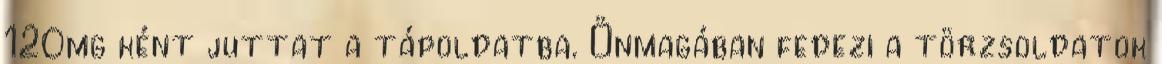
120mg ként juttat a tápoldatba. Önmagában fedezi a törzsoldatok